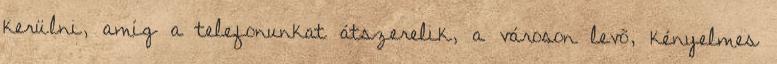
kerülni, amíg a telefonunkat átszerelik, a városon levõ, kényelmes